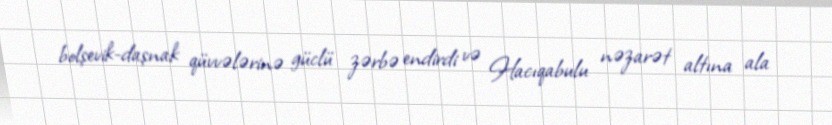
bolşevik-daşnak qüvvələrinə güclü zərbə endirdi və Hacıqabulu nəzarət altına ala